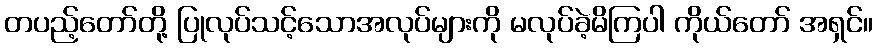
တပည့်တော်တို့ ပြုလုပ်သင့်သောအလုပ်များကို မလုပ်ခဲ့မိကြပါ ကိုယ်တော် အရှင်။